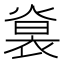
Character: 𧚵